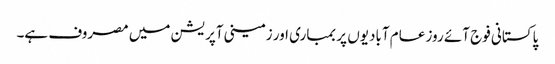
پاکستانی فوج آئے روز عام آبادیوں پر بمباری اور زمینی آپریشن میں مصروف ہے۔